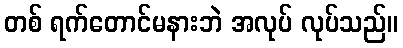
တစ် ရက်တောင်မနားဘဲ အလုပ် လုပ်သည်။